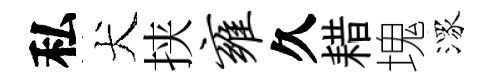
私犬挟雍久耤塊潈